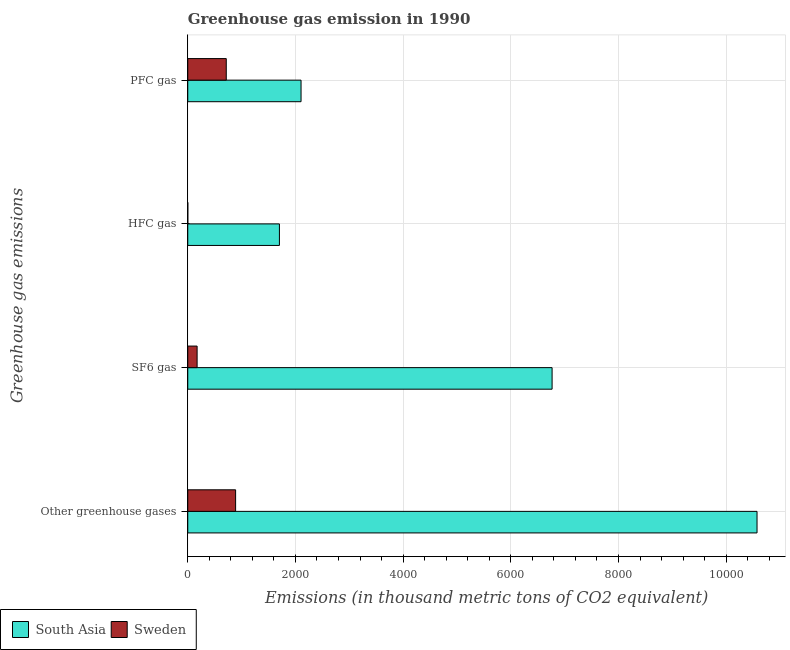
| Greenhouse gas emissions | South Asia | Sweden |
 | --- | --- | --- |
 | Other greenhouse gases | 1.06e+04 | 889 |
 | SF6 gas | 6.77e+03 | 174 |
 | HFC gas | 1.7e+03 | 0.2 |
 | PFC gas | 2.1e+03 | 715 |